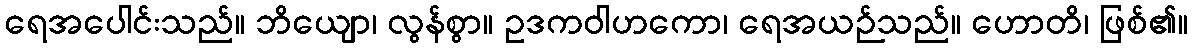
ရေအပေါင်းသည်။ ဘိယျော၊ လွန်စွာ။ ဥဒကဝါဟကော၊ ရေအယဉ်သည်။ ဟောတိ၊ ဖြစ်၏။